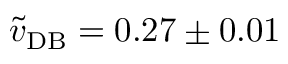
\tilde { v } _ { \mathrm { D B } } = 0 . 2 7 \pm 0 . 0 1